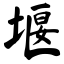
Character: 堰